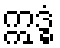
ဣဒ္ဓံ